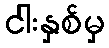
ငါးနှစ်မှ